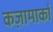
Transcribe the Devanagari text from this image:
कज़ामार्का